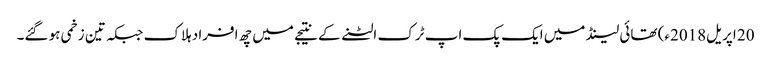
20 اپریل2018ء) تھائی لینڈ میں ایک پک اپ ٹرک الٹنے کے نتیجے میں چھ افراد ہلاک جبکہ تین زخمی ہو گئے۔